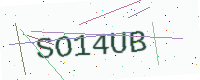
Text: SO14UB